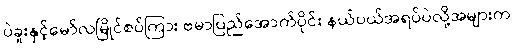
ပဲခူးနှင့်မော်လမြိုင်စပ်ကြား ဗမာပြည်အောက်ပိုင်း နယ်ပယ်အရပ်ပဲလို့အများက